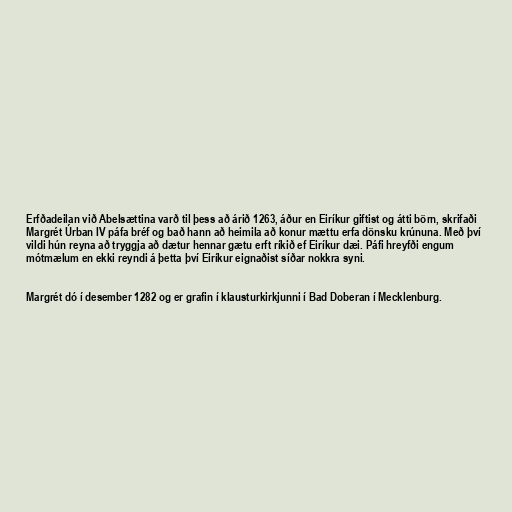
Erfðadeilan við Abelsættina varð til þess að árið 1263, áður en Eiríkur giftist og átti börn, skrifaði
Margrét Úrban IV páfa bréf og bað hann að heimila að konur mættu erfa dönsku krúnuna. Með því
vildi hún reyna að tryggja að dætur hennar gætu erft ríkið ef Eiríkur dæi. Páfi hreyfði engum
mótmælum en ekki reyndi á þetta því Eiríkur eignaðist síðar nokkra syni.

Margrét dó í desember 1282 og er grafin í klausturkirkjunni í Bad Doberan í Mecklenburg.